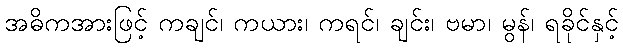
အဓိကအားဖြင့် ကချင်၊ ကယား၊ ကရင်၊ ချင်း၊ ဗမာ၊ မွန်၊ ရခိုင်နှင့်